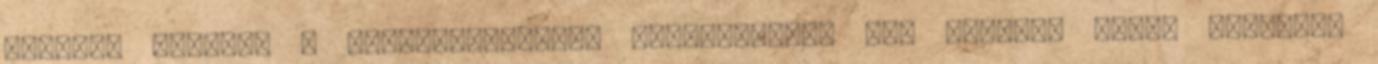
Rákossy Balázs, a Nemzetgazdasági Minisztérium NGM európai uniós források